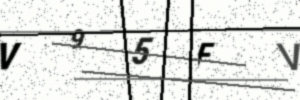
Text: V95FV